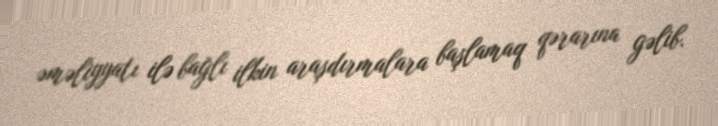
əməliyyatı ilə bağlı ilkin araşdırmalara başlamaq qərarına gəlib.